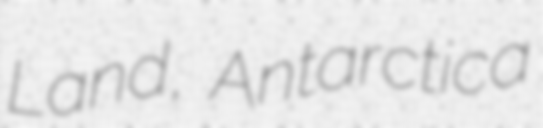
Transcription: Land, Antarctica